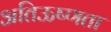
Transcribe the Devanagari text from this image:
अतिऊष्णता